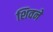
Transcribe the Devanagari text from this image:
शिवने